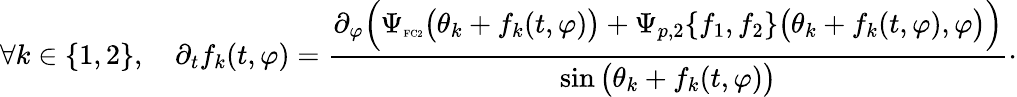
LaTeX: \forall k\in\{ 1,2\} ,\quad\partial_{t}f_{k}(t,\varphi)=\frac{\partial_{\varphi}\Big(\Psi_{\textnormal{\tiny{FC2}}}\big(\theta_{k}+f_{k}(t,\varphi)\big)+\Psi_{p,2}\{ f_{1},f_{2}\} \big(\theta_{k}+f_{k}(t,\varphi),\varphi\big)\Big)}{\sin\big(\theta_{k}+f_{k}(t,\varphi)\big)}\cdot